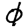
Digit: 0